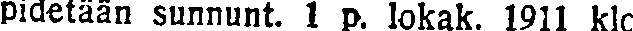
pidetään sunnunt. 1 p. lokak. 1911 klo